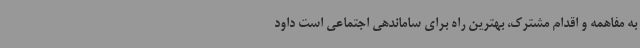
به مفاهمه و اقدام مشترک، بهترین راه برای ساماندهی اجتماعی است داود